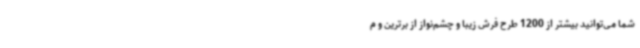
شما می‌توانید بیشتر از 1200 طرح فرش زیبا و چشم‌نواز از برترین و م